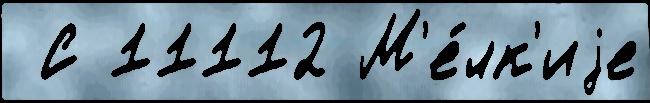
 С 11112 М'е́лк'иjе